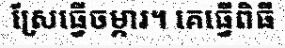
ស្រែធ្វើចម្ការ។ គេធ្វើពិធី